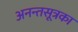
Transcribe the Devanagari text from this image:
अनन्तसूत्रका